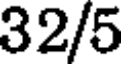
32/5